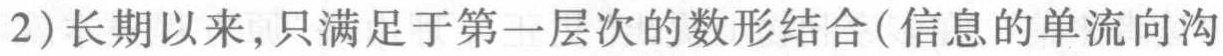
(2)长期以来,只满足于第一层次的数形结合(信息的单流向沟